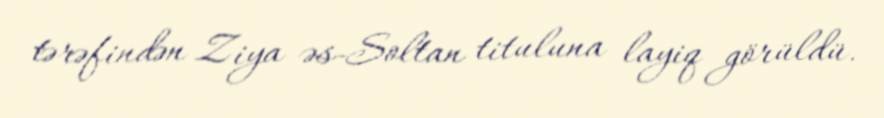
tərəfindən Ziya əs-Soltan tituluna layiq görüldü.